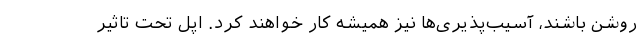
روشن باشند، آسیب‌پذیری‌ها نیز همیشه کار خواهند کرد. اپل تحت تاثیر